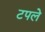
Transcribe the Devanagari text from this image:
टपले